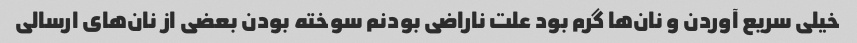
خیلی سریع آوردن و نان‌ها گرم بود علت ناراضی بودنم سوخته بودن بعضی از نان‌های ارسالی